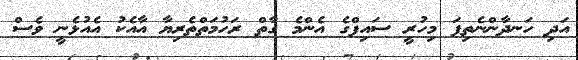
އަދި ހަނދާންނެތިފަ މިހުރީ ސައިފްގެ އެންމެ ގާތް ރަހުމަތްތެރިޔާ އާއެކު އެއުޅެނީ ވެސް